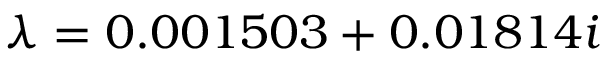
\lambda = 0 . 0 0 1 5 0 3 + 0 . 0 1 8 1 4 i